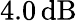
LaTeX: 4.0\, \mathrm{dB}